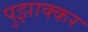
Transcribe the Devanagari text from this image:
पुझाक्कर